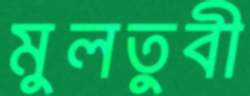
মুলতুবী